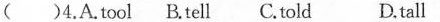
()4.A. tool B.tell C.told D.tall